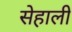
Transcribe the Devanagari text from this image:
सेहाली